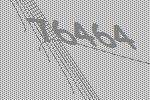
76464